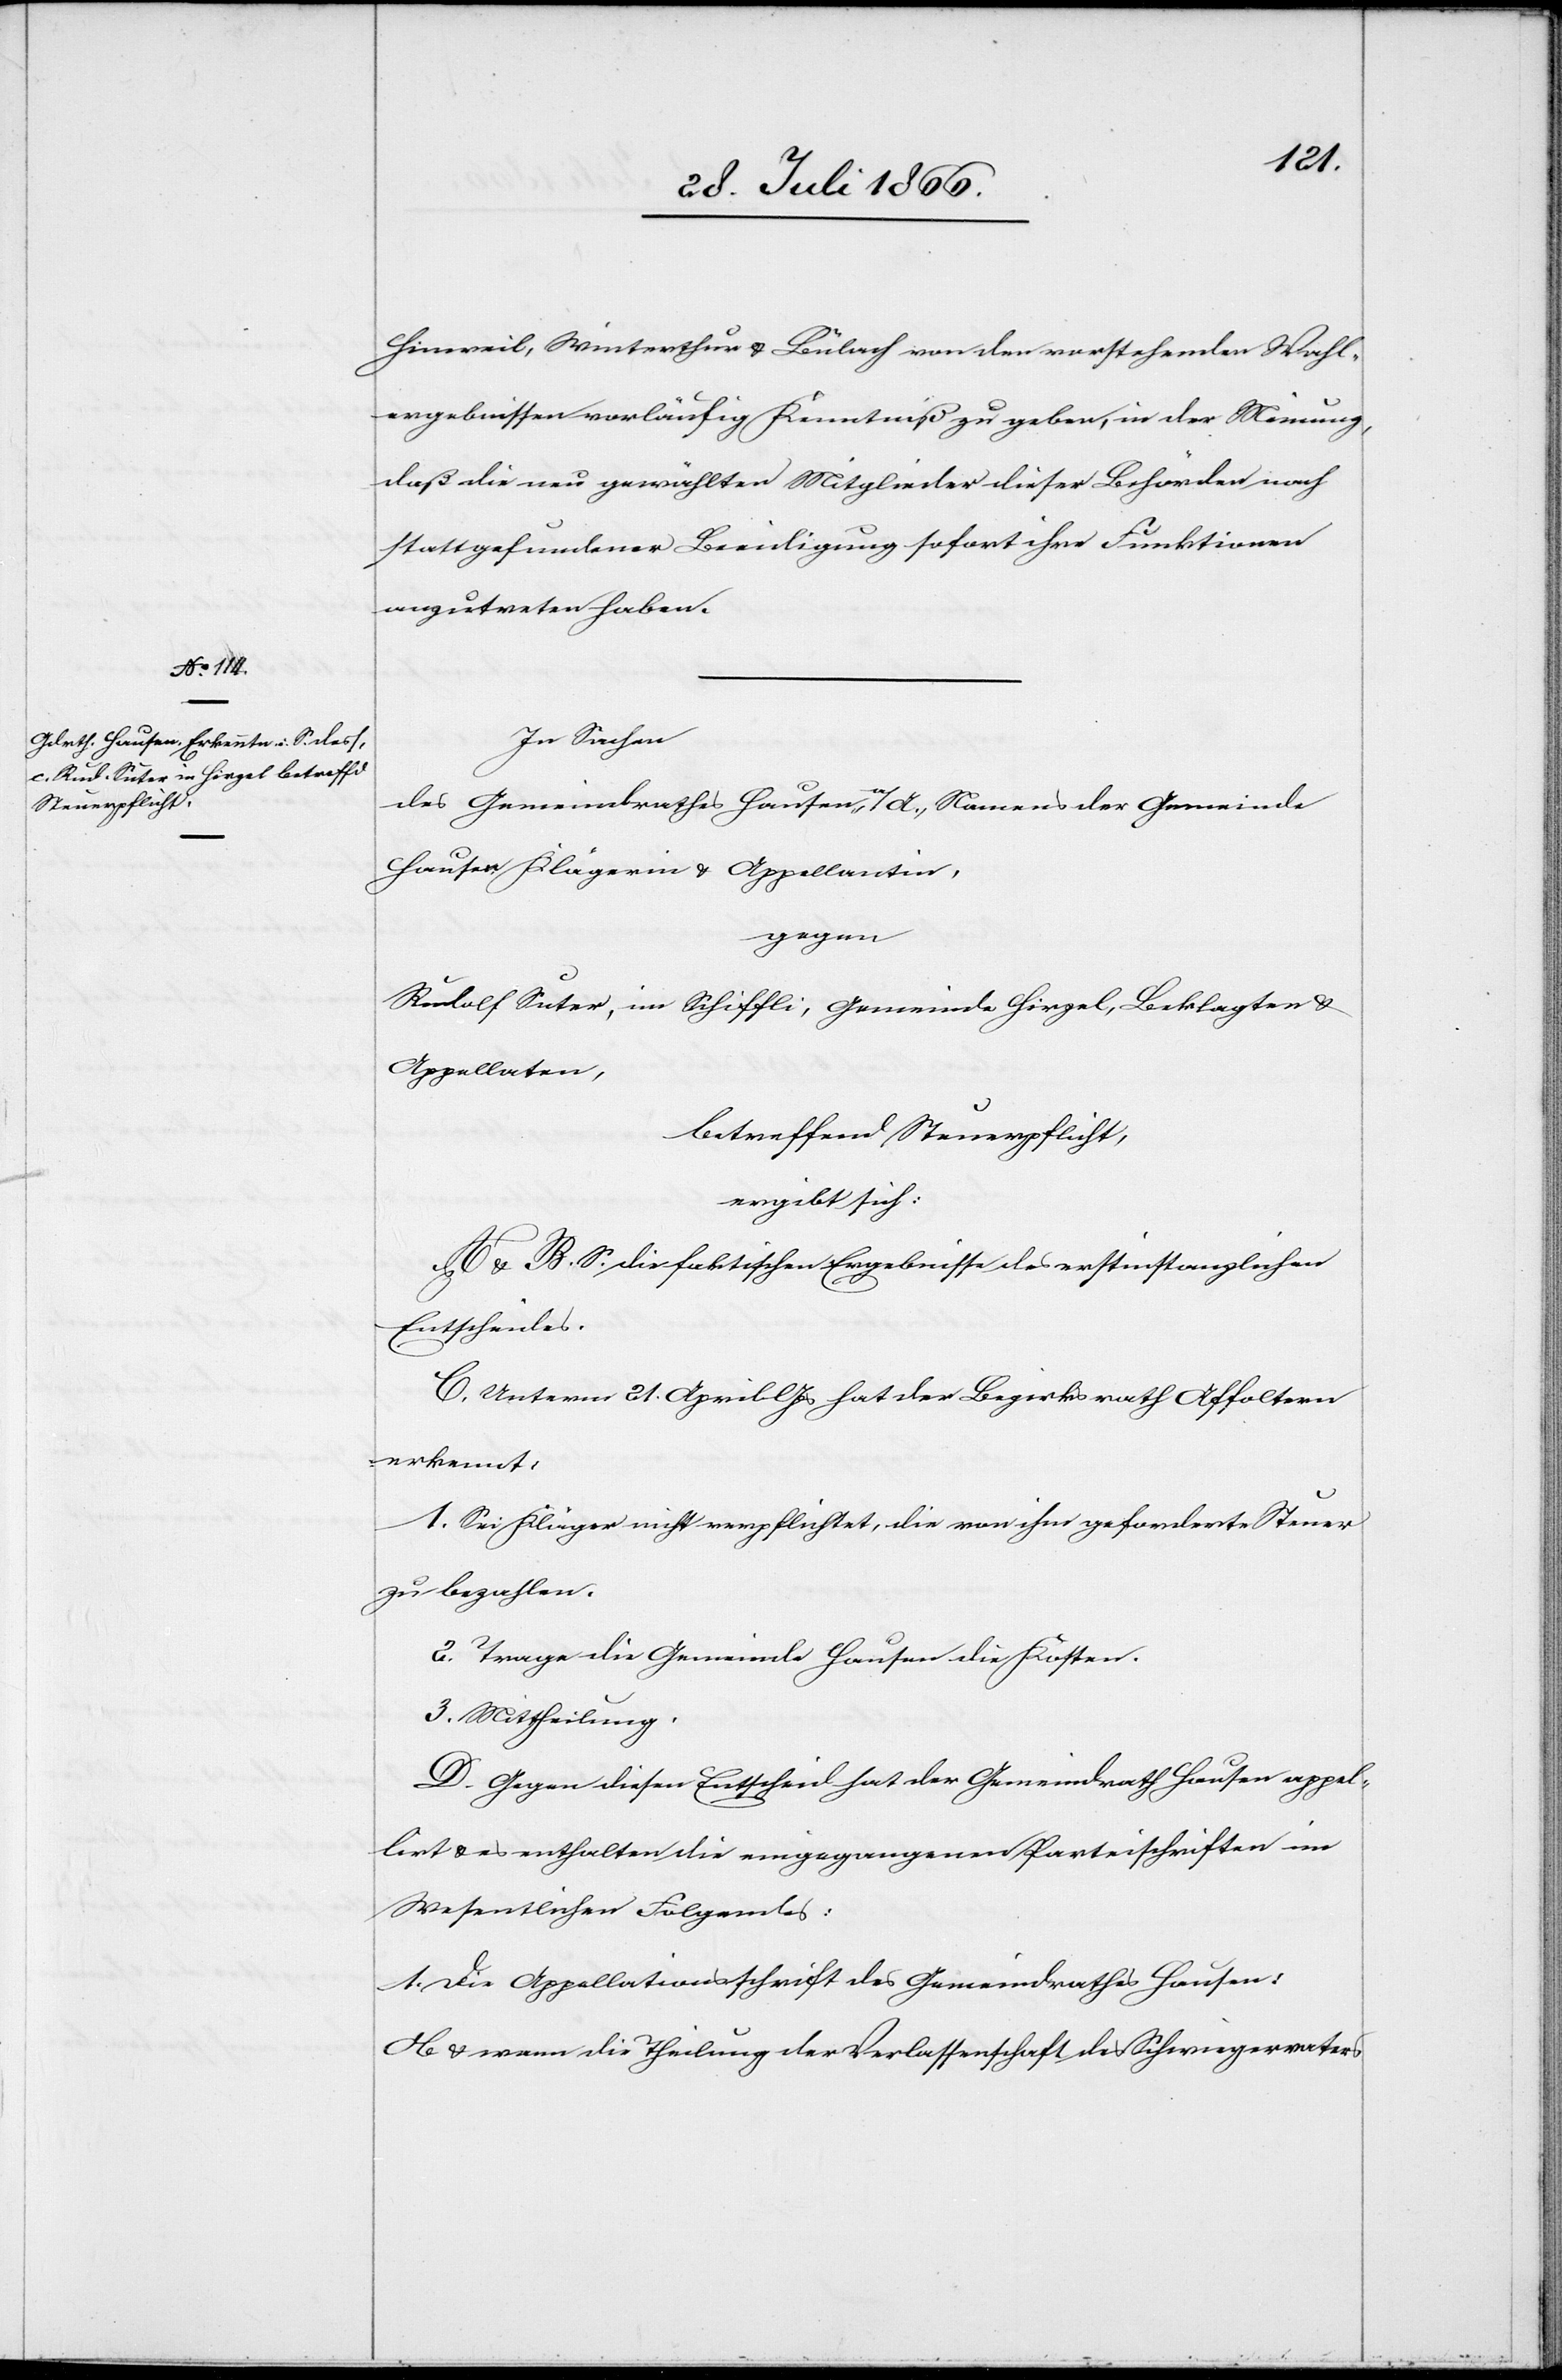
Hinweil, Winterthur u. Bülach von den vorstehenden Wahl¬
ergebnissen vorläufige Kenntniß zu geben, in der Meinung,
daß die neu gewählten Mitglieder dieser Behörden nach
stattgefundener Beeidigung sofort ihre Funktionen
anzutreten haben.
In Sachen
des Gemeindrathes Hausen a/A., Namens der Gemeinde
Hausen Klägerin u. Appellantin,
gegen
Rudolf Suter, im Schöffli, Gemeinde Hirzel, Beklagten u.
Appellaten,
betreffend Steuerpflicht,
ergibt sich:
A u. B. S. die faktischen Ergebnisse des erstinstanzlichen
Entscheides.
C. Unterm 21. April l Js hat der Bezirksrath Affoltern
erkennt:
1. Sei Kläger nicht verpflichtet, die von ihm geforderte Steuer
zu bezahlen.
2. Trage die Gemeinde Hausen die Kosten.
3. Mittheilung.
D. Gegen diesen Entscheid hat der Gemeindrath Hausen appel¬
lirt u. es enthalten die eingegangenen Parteischriften im
Wesentlichen Folgendes:
1. Die Appellationsschrift des Gemeindrathes Hausen:
Ob u. wann die Theilung der Verlassenschaft des Schwiegervaters